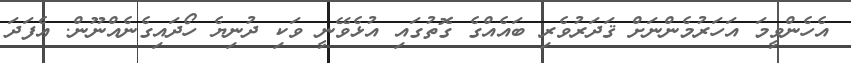
އެހެންވީމަ އަހަރުމެންނަށް ޤަދަރުވެރި ބައެއްގެ ގޮތުގައި އުޅެވޭނީ ވަކި ދުނިޔެ ހޯދައިގެނެއްނޫން. އެފަދަ